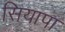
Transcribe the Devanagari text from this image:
सियापा